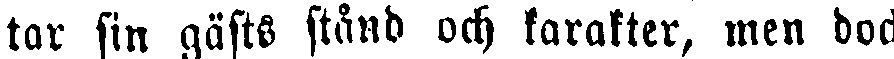
tar sin gästs stånd och karakter, men dock